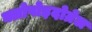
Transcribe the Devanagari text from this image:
क्लोपोइदोग्रेल